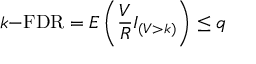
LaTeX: k { \mathrm { - F D R } } = E \left( { \frac { V } { R } } I _ { ( V > k ) } \right) \leq q